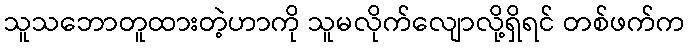
သူသဘောတူထားတဲ့ဟာကို သူမလိုက်လျောလို့ရှိရင် တစ်ဖက်က